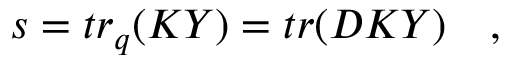
s = t r _ { q } ( K Y ) = t r ( { \cal D } K Y ) \quad ,